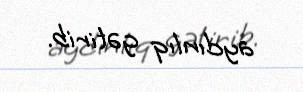
aydınlıq gətirib.